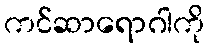
ကင်ဆာရောဂါကို